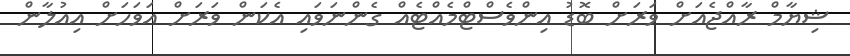
ޝިޔާމް ރާއްޖެއަށް ވަރަށް ބޮޑު އިންވެސްޓްމެއްޓެއް ގެންނަވައި އެކަން ވަރަށް އަވަހަށް އިއުލާން